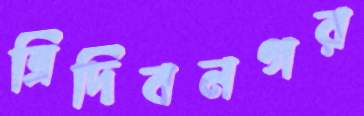
ত্রিদিবনগর